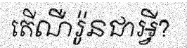
តើណឺរ៉ូនជាអ្វី?